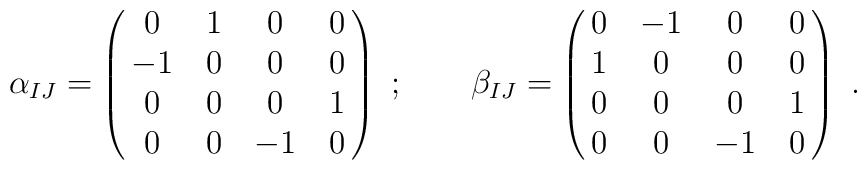
\alpha_{IJ}=\pmatrix{0&1&0&0 \cr -1&0&0&0\cr 0&0&0&1\cr0&0&-1&0\cr} \ ;\qquad\beta_{IJ}=\pmatrix{0&-1&0&0 \cr 1&0&0&0\cr 0&0&0&1\cr0&0&-1&0\cr}\ .